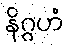
နိဂ္ဂဟံ